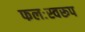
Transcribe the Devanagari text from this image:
फलःस्वरूप